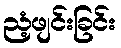
ညံ့ဖျင်းခြင်း